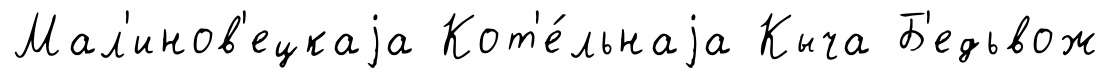
Мал'инов'ецкаjа Кот'е́льнаjа Кыча Б'едьвож